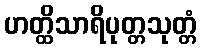
ဟတ္ထိသာရိပုတ္တသုတ္တံ